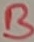
Text: B